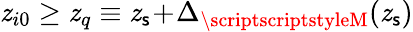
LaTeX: \mathit{z}_{i0}\ge\mathit{z}_{q}\equiv\mathit{z}_{\mathsf{s}}\! +\! \Delta_{{\scriptscriptstyleM}}(\mathit{z}_{\mathsf{s}})